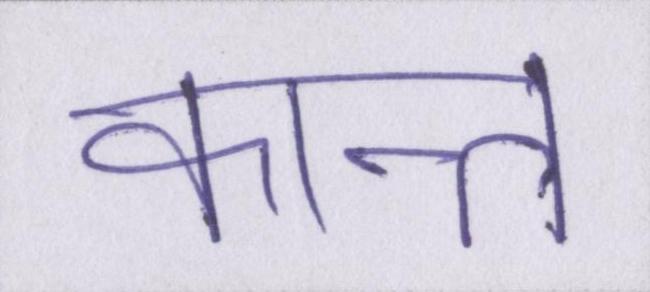
कान्त